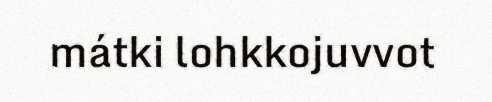
mátki lohkkojuvvot